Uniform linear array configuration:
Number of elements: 16
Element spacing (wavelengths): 1
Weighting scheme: cosine
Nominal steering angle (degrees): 0
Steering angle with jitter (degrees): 0.7149
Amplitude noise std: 0.05
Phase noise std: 0.05

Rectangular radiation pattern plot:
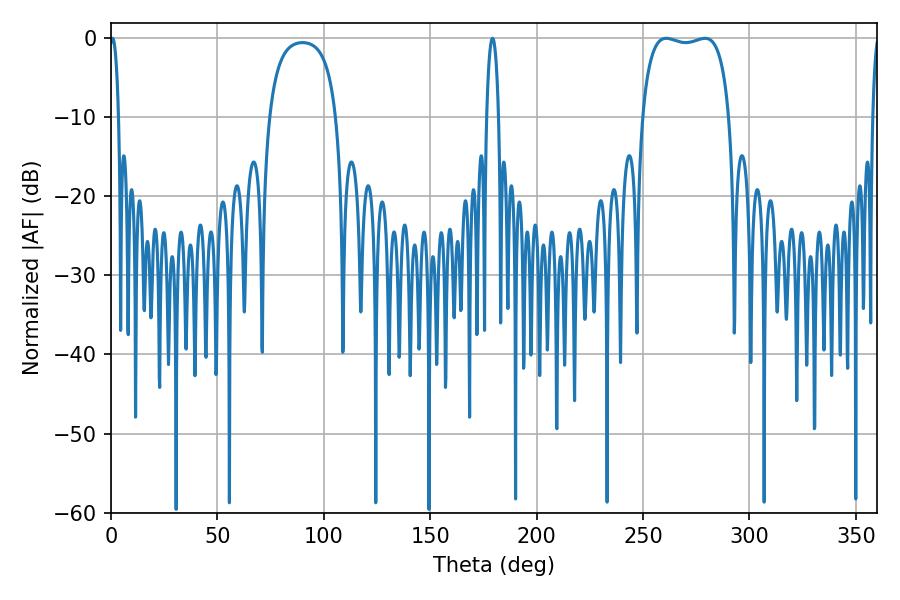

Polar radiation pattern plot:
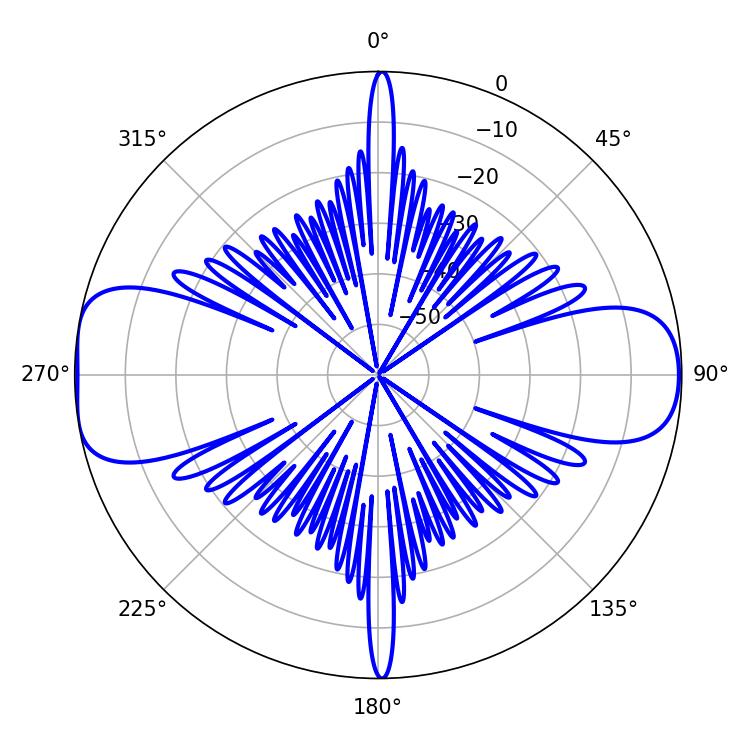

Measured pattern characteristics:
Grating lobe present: TRUE
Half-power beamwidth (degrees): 2.34
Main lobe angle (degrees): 0.72